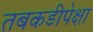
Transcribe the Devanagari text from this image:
तबकडीपेक्षा